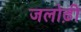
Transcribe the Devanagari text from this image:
जलोढ़ी